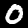
Label: 0